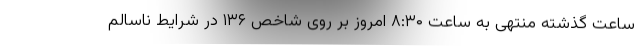
ساعت گذشته منتهی به ساعت ۸:۳۰ امروز بر روی شاخص ۱۳۶ در شرایط ناسالم